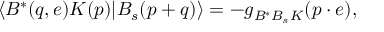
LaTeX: \langle B ^ { \ast } ( q , e ) K ( p ) | B _ { s } ( p + q ) \rangle = - g _ { B ^ { \ast } B _ { s } K } ( p \cdot e ) ,